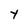
Character: Y